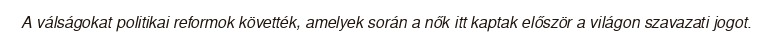
A válságokat politikai reformok követték, amelyek során a nők itt kaptak először a világon szavazati jogot.